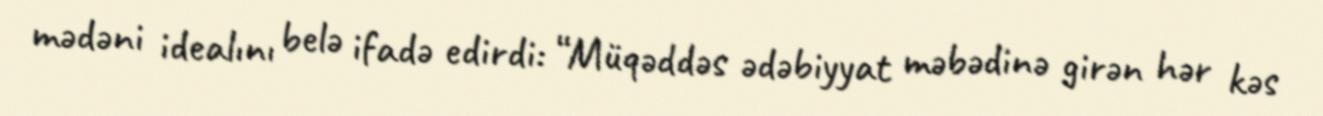
mədəni idealını belə ifadə edirdi: “Müqəddəs ədəbiyyat məbədinə girən hər kəs